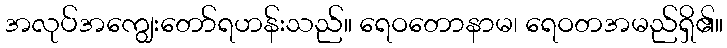
အလုပ်အကျွေးတော်ရဟန်းသည်။ ရေဝတောနာမ၊ ရေဝတအမည်ရှိ၏။